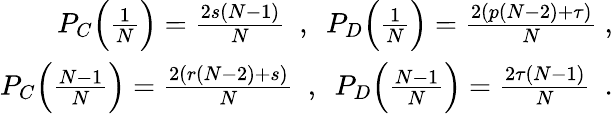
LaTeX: \begin{array}{r}{P_{C}\Big(\frac{1}{N}\Big)=\frac{2s(N-1)}{N}~~,~~P_{D}\Big(\frac{1}{N}\Big)=\frac{2(p(N-2)+\tau)}{N}~,}\\ {P_{C}\Big(\frac{N-1}{N}\Big)=\frac{2(r(N-2)+s)}{N}~~,~~P_{D}\Big(\frac{N-1}{N}\Big)=\frac{2\tau(N-1)}{N}~~.}\end{array}